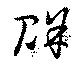
賖